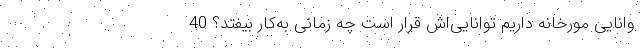
وانایی مورخانه داریم توانایی‌اش قرار است چه زمانی به‌کار بیفتد؟ 40